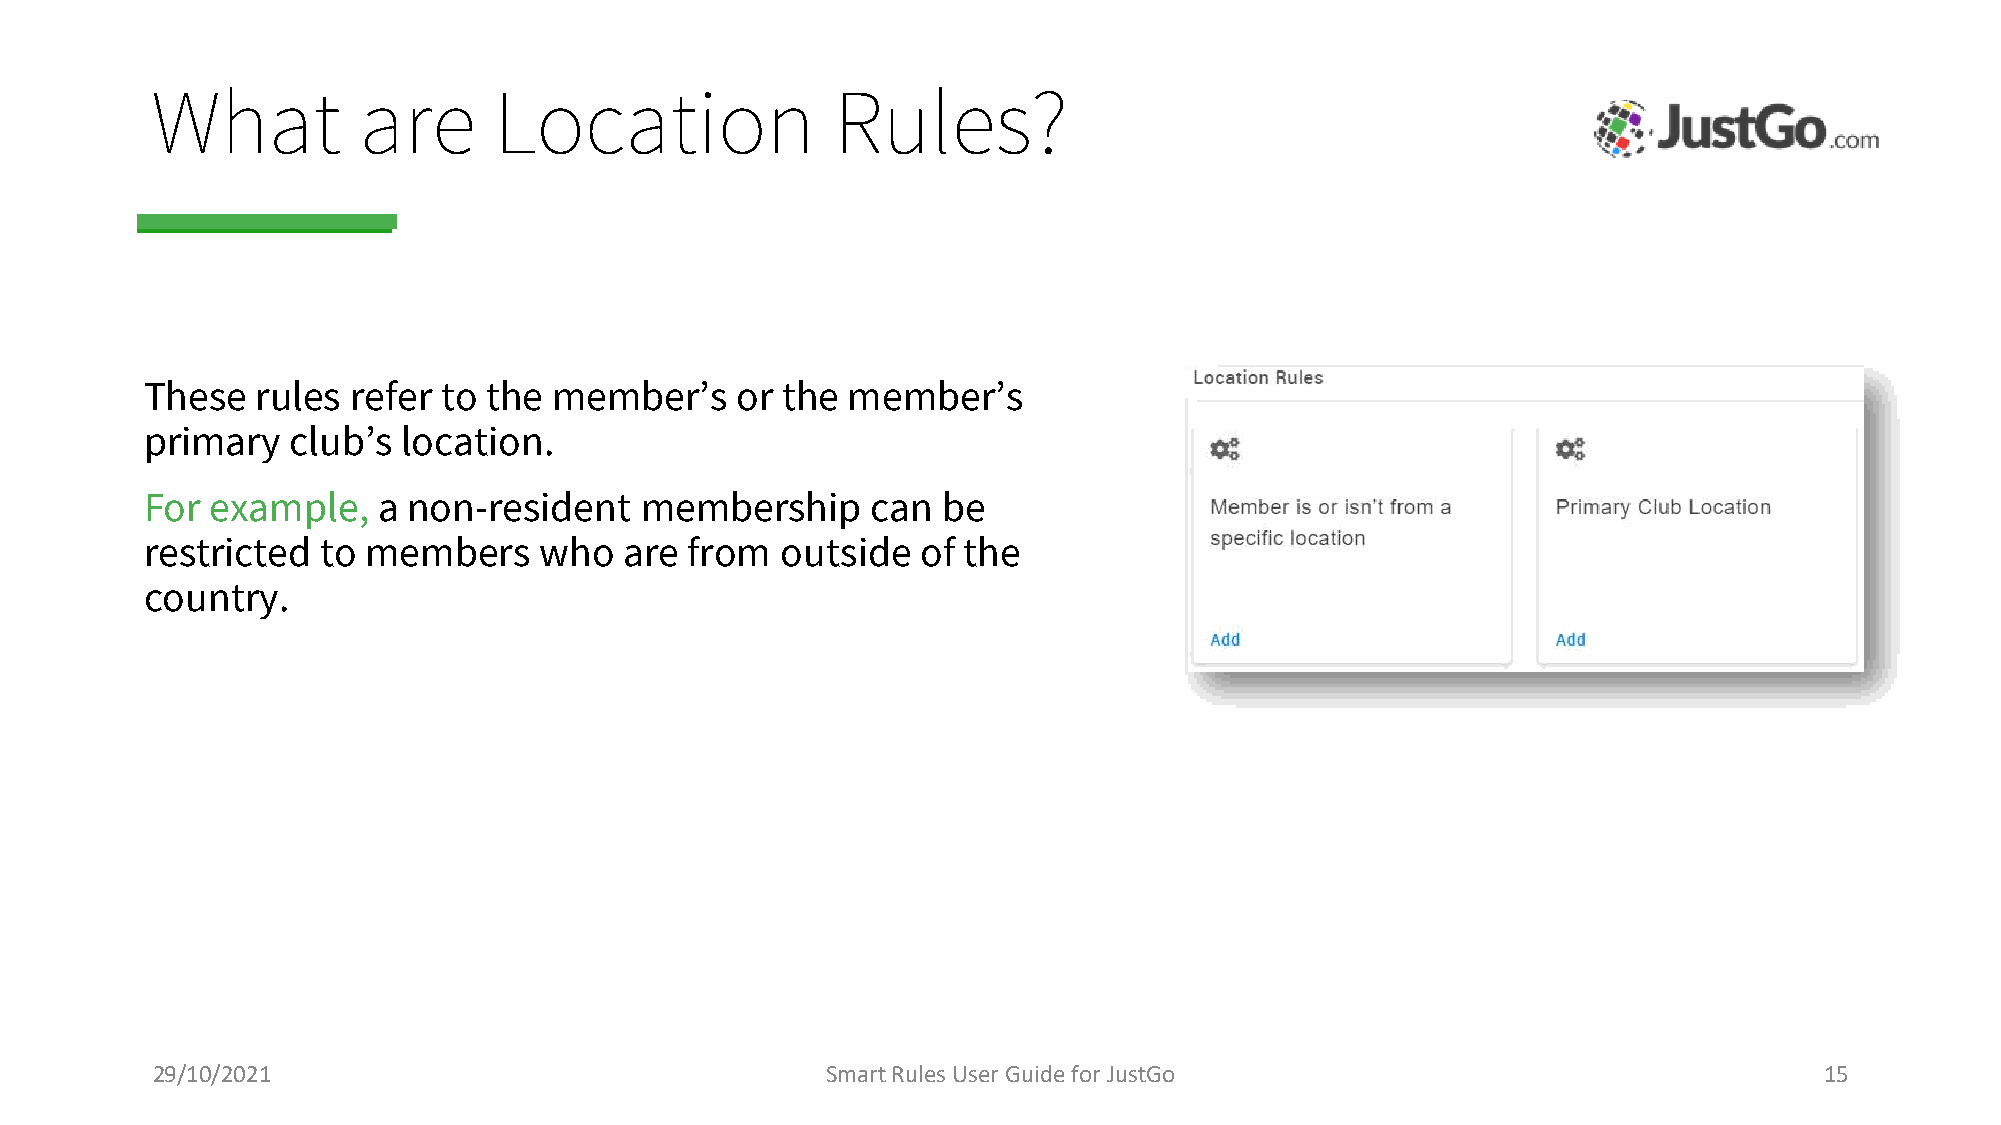
What          are      Location              Rules?
 These  rules refer to the  member’s    or the member’s
 primary  club’s  location.
 For example,   a non-resident   membership      can be
 restricted to members     who  are  from  outside  of the
 country.
 29/10/2021                                   Smart Rules User Guide for JustGo                                 15